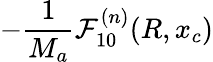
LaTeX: -\frac{1}{M_{a}}\mathcal{F}_{10}^{(n)}(R,x_{c})